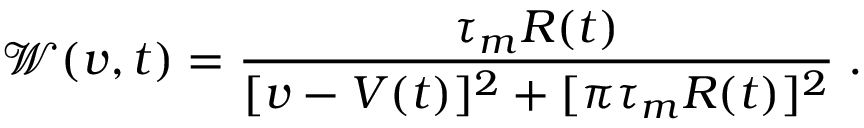
\mathcal W ( v , t ) = \frac { \tau _ { m } R ( t ) } { [ v - V ( t ) ] ^ { 2 } + [ \pi \tau _ { m } R ( t ) ] ^ { 2 } } \; .